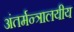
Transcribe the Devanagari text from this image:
अंतर्मन्त्रालयीय